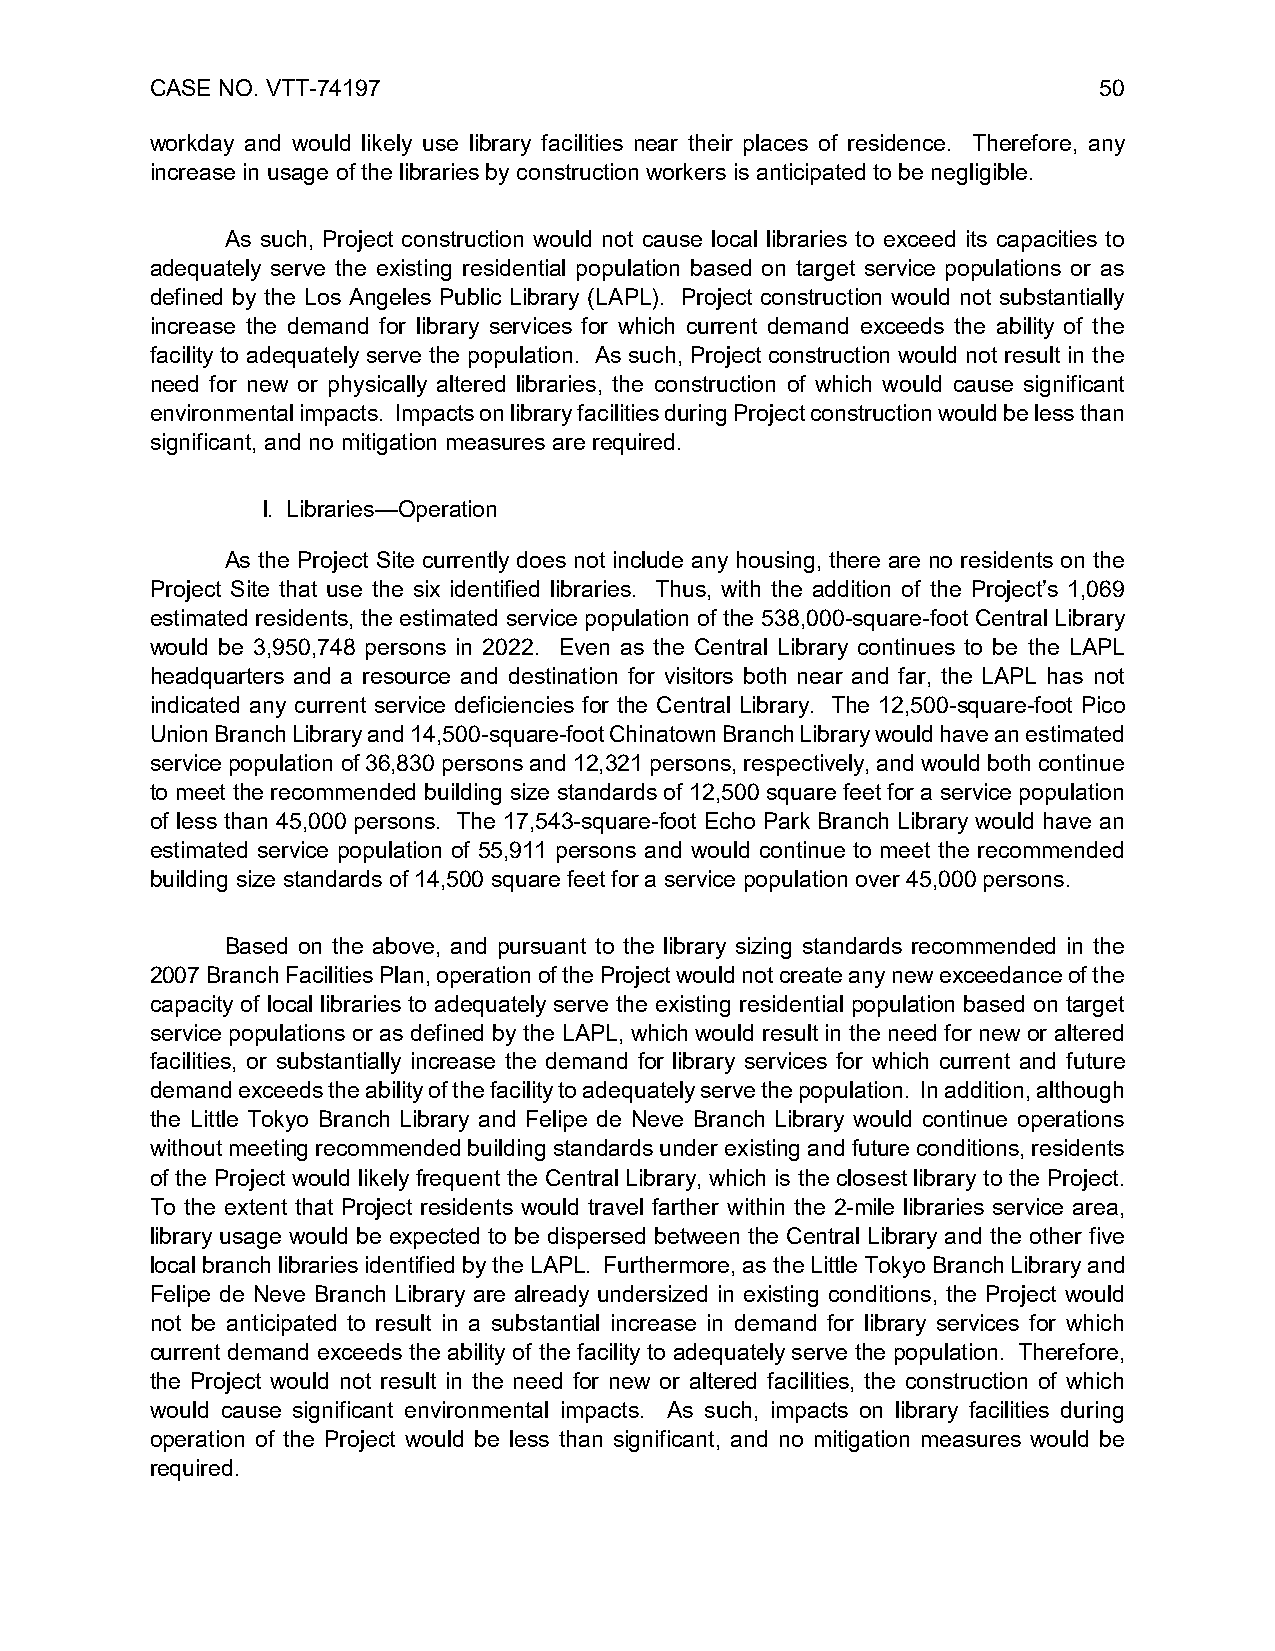
CASE NO. VTT-74197                                             50
 workday and would likely use library facilities near their places of residence. Therefore, any
 increase in usage of the libraries by construction workers is anticipated to be negligible.
 As such, Project construction would not cause local libraries to exceed its capacities to
 adequately serve the existing residential population based on target service populations or as
 defined by the Los Angeles Public Library (LAPL). Project construction would not substantially
 increase the demand for library services for which current demand exceeds the ability of the
 facility to adequately serve the population. As such, Project construction would not result in the
 need for new or physically altered libraries, the construction of which would cause significant
 environmental impacts. Impacts on library facilities during Project construction would be less than
 significant, and no mitigation measures are required.
 l. Libraries—Operation
 As the Project Site currently does not include any housing, there are no residents on the
 Project Site that use the six identified libraries. Thus, with the addition of the Project’s 1,069
 estimated residents, the estimated service population of the 538,000-square-foot Central Library
 would be 3,950,748 persons in 2022. Even as the Central Library continues to be the LAPL
 headquarters and a resource and destination for visitors both near and far, the LAPL has not
 indicated any current service deficiencies for the Central Library. The 12,500-square-foot Pico
 Union Branch Library and 14,500-square-foot Chinatown Branch Library would have an estimated
 service population of 36,830 persons and 12,321 persons, respectively, and would both continue
 to meet the recommended building size standards of 12,500 square feet for a service population
 of less than 45,000 persons. The 17,543-square-foot Echo Park Branch Library would have an
 estimated service population of 55,911 persons and would continue to meet the recommended
 building size standards of 14,500 square feet for a service population over 45,000 persons.
 Based on the above, and pursuant to the library sizing standards recommended in the
 2007 Branch Facilities Plan, operation of the Project would not create any new exceedance of the
 capacity of local libraries to adequately serve the existing residential population based on target
 service populations or as defined by the LAPL, which would result in the need for new or altered
 facilities, or substantially increase the demand for library services for which current and future
 demand exceeds the ability of the facility to adequately serve the population. In addition, although
 the Little Tokyo Branch Library and Felipe de Neve Branch Library would continue operations
 without meeting recommended building standards under existing and future conditions, residents
 of the Project would likely frequent the Central Library, which is the closest library to the Project.
 To the extent that Project residents would travel farther within the 2-mile libraries service area,
 library usage would be expected to be dispersed between the Central Library and the other five
 local branch libraries identified by the LAPL. Furthermore, as the Little Tokyo Branch Library and
 Felipe de Neve Branch Library are already undersized in existing conditions, the Project would
 not be anticipated to result in a substantial increase in demand for library services for which
 current demand exceeds the ability of the facility to adequately serve the population. Therefore,
 the Project would not result in the need for new or altered facilities, the construction of which
 would cause significant environmental impacts. As such, impacts on library facilities during
 operation of the Project would be less than significant, and no mitigation measures would be
 required.